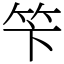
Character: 笇